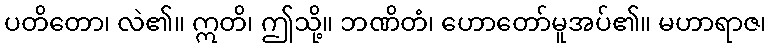
ပတိတော၊ လဲ၏။ ဣတိ၊ ဤသို့။ ဘဏိတံ၊ ဟောတော်မူအပ်၏။ မဟာရာဇ၊